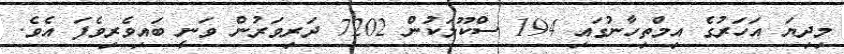
މިދިޔަ އަހަރުގެ އިމްތިހާނުގައި 194 ސްކޫލަކުން 7202 ދަރިވަރުން ވަނީ ބައިވެރިވެފަ އެވެ.